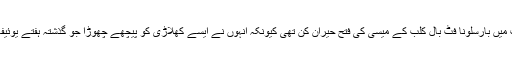
خبررساں ادارے اے ایف پی کے مطابق تقریب میں بارسلونا فٹ بال کلب کے میسی کی فتح حیران کن تھی کیونکہ انہوں نے ایسے کھلاڑی کو پیچھے چھوڑا جو گذشتہ ہفتے یوئیفا کے بہترین کھلاڑی کا ایوارڈ جیت چکے ہیں۔